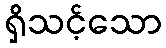
ရှိသင့်သော